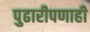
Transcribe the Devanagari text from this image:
पुढारीपणाही